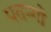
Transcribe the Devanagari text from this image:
पतन्‍गों